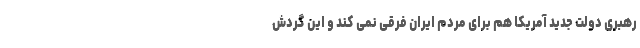
رهبری دولت جدید آمریکا هم برای مردم ایران فرقی نمی کند و این گردش